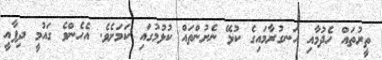
ތީރުތައް ހެދުމާއި ހަނގުރާމައިގެ ކުޅޭ ނެށުންތައް ކުޅުމުގައި ކަމަށެވެ. އެހެންވެ ގައުމީ ދިފާއީ